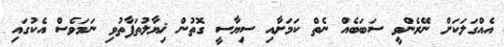
އެއްގަލަކަށް ނޭރެންވީ ސަބަބެއް ނެތް ކަމަށާއި ސިޔާސީ ގޮތުން ޚިޔާލުތަފާތުވި ނަމަވެސް އެކުގައި